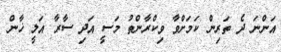
އަންނަ ދެ ތަރިން ކަމަށްވާ ވިކްރާންތު މަސީ އަދި ސާރާ އަލީ ޚާން